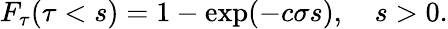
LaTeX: F_{\tau}(\tau<s)=1-\exp(-c\sigma s),\quad s>0.